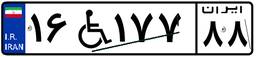
۱۶W۱۷۷۸۸